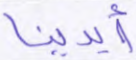
أيدينا